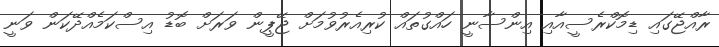
ރާއްޖޭގައި ޑިމޮކްރެސީއާއި އިންސާނީ ހައްގުތައް ކުރިއެރުވުމަށް ޖޭޕީން ވަރަށް ބޮޑު އިސްކަމެއްދޭކަން ވަނީ